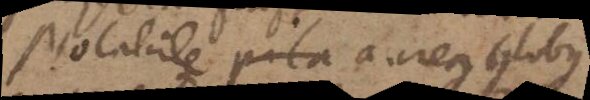
Notabile pila aureus Globus